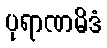
ပုရာဏမိဒံ